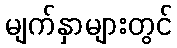
မျက်နှာများတွင်